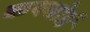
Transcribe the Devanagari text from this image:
कपबोर्ड